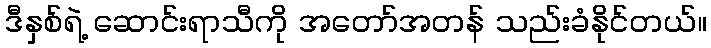
ဒီနှစ်ရဲ့ ဆောင်းရာသီကို အတော်အတန် သည်းခံနိုင်တယ်။